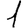
Digit: 1